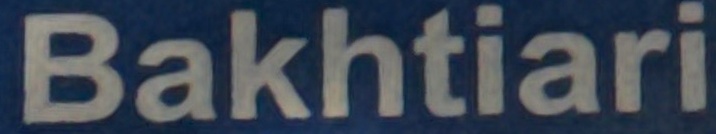
Bakhtiari